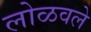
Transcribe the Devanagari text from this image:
लोळवले